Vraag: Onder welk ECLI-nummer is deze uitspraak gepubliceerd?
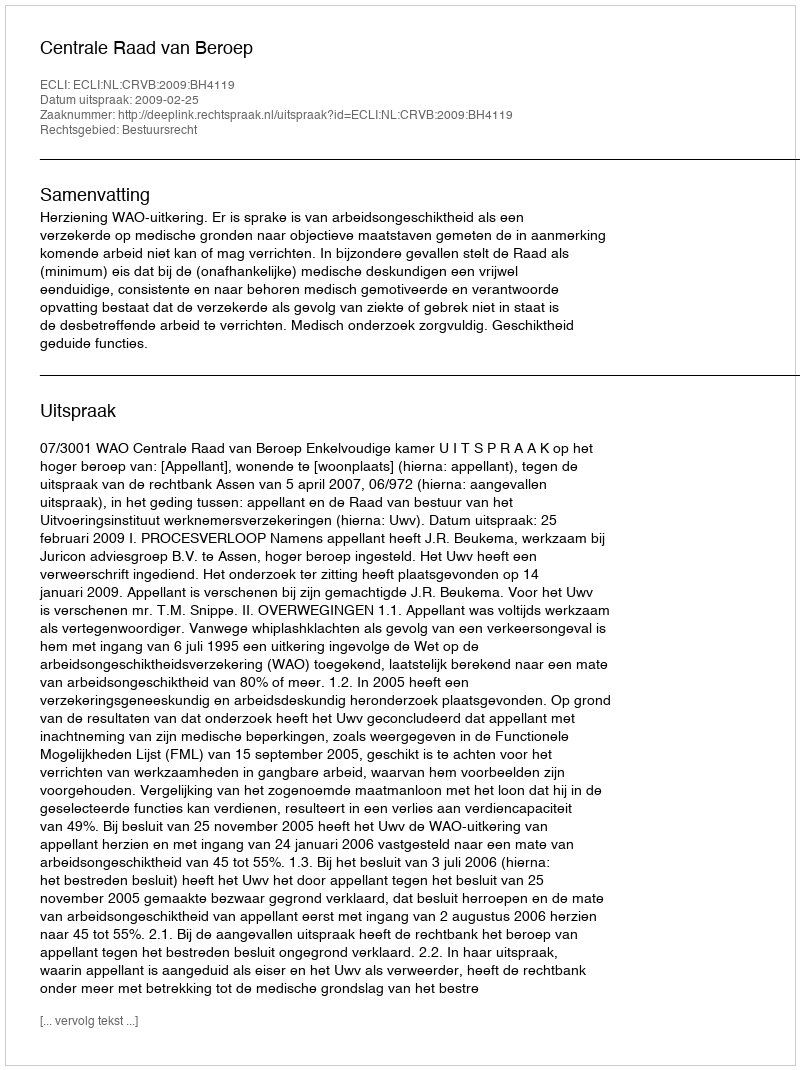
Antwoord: ECLI:NL:CRVB:2009:BH4119